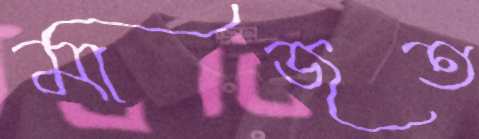
মাজত